Papers set at the Examination for Leaving Certificates, 1889
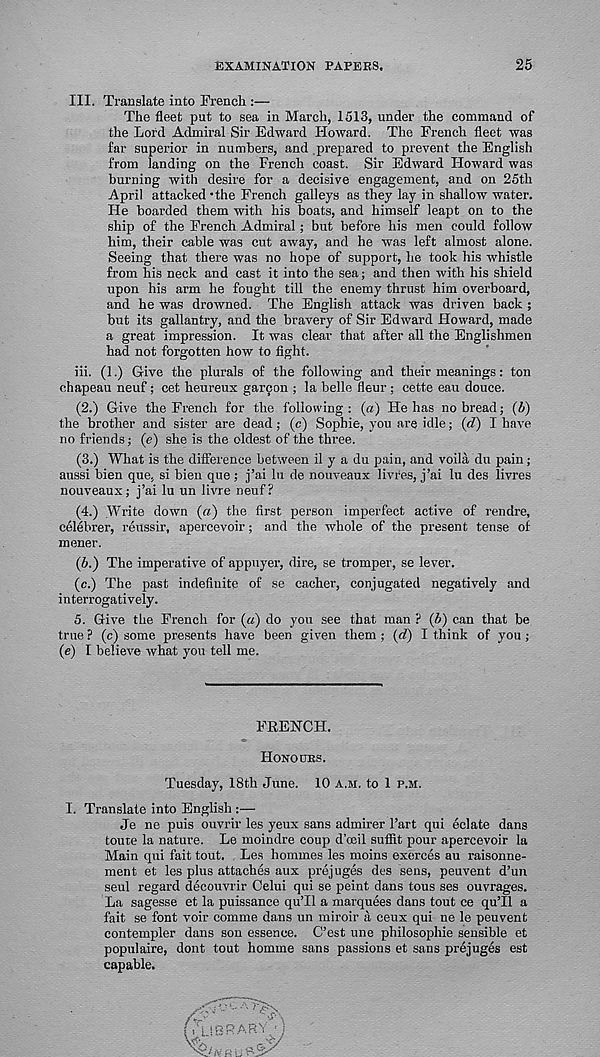
EXAMINATION PAPERS.
25
III. Translate into French :—
The fleet put to sea in March, 1513, under the command of
the Lord Admiral Sir Edward Howard. The French fleet was
far superior in numbers, and .prepared to prevent the English
from landing on the French coast. Sir Edward Howard was
burning with desire for a decisive engagement, and on 25th
April attacked ‘the French galleys as they lay in shallow water.
He boarded them with his boats, and himself leapt on to the
ship of the French Admiral; but before his men could follow
him, their cable was cut away, and he was left almost alone.
Seeing that there was no hope of support, he took his whistle
from his neck and cast it into the sea; and then with his shield
upon his arm he fought till the enemy thrust him overboard,
and he was drowned. The English attack was driven back ;
but its gallantry, and the bravery of Sir Edward Howard, made
a great impression. It was clear that after all the Englishmen
had not forgotten how to fight.
iii. (1.) Give the plurals of the following and their meanings: ton
chapeau neuf ; cet heureux garcon ; la belle fleur ; cette eau douce.
(2.) Give the French for the following: (a) He has no bread; (6)
the brother and sister are dead; (c) Sophie, you are idle; (d) I have
no friends; (e) she is the oldest of the three.
(3.) What is the difference between il y a du pain, and voila du pain;
aussi bien que, si bien que ; j’ai In de nouveaux livfes, j’ai lu des livres
nouveaux; j’ai lu un livre neuf?
(4.) Write down (a) the first person imperfect active of rendre,
celebrer, reussir, apercevoir; and the whole of the present tense of
mener.
(6.) The imperative of appuyer, dire, se tromper, se lever.
(c.) The past indefinite of se cacher, conjugated negatively and
interrogatively.
5. Give the French for (a) do you see that man ? (6) can that be
true ? (c) some presents have been given them ; (d) I think of you ;
(e) I believe what you tell me.
FRENCH.
HONOURS.
Tuesday, 18th June. 10 A.M. to 1 P.M.
I. Translate into English :—
Je ne puis ouvrir les yeux sans admirer 1’art qui delate dans
toute la nature. Le moindre coup d’ceil suffit pour apercevoir la
Main qui fait tout. Les hommes les moins exerces au raisonne-
ment et les plus attaches aux prejuges des sens, peuvent d’un
seul regard decouvrir Celui qui se peint dans tous ses ouvrages.
La sagesse et la puissance qu’H a marquees dans tout ce qu’H a
fait se font voir comme dans un miroir a ceux qui ne le peuvent
contempler dans son essence. C’est une philosophic sensible et
populaire, dont tout homme sans passions et sans prejuges est
capable.